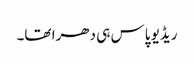
ریڈیو پاس ہی دھرا تھا۔